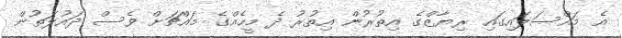
އެ މައްސަލައިގައި ރިޔާޒްގެ އިތުރުން އިތުރު ދެ މީހެއްގެ މައްޗަށް ވެސް ދައުލަތުން